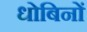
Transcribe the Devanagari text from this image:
धोबिनों